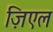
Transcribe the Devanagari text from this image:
ज़िएल